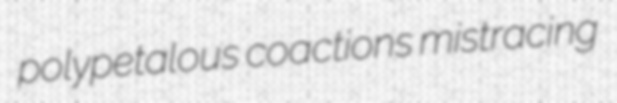
polypetalous coactions mistracing